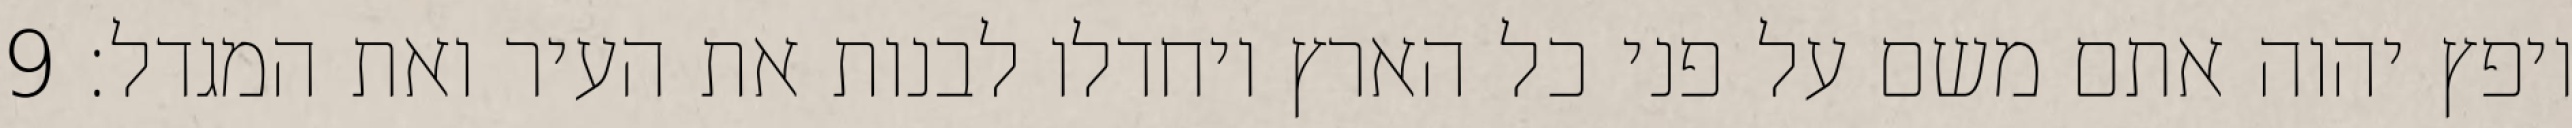
ויפץ יהוה אתם משם על פני כל הארץ ויחדלו לבנות את העיר ואת המגדל׃ ‎9‏